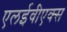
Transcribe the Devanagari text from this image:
एलईवीएक्स